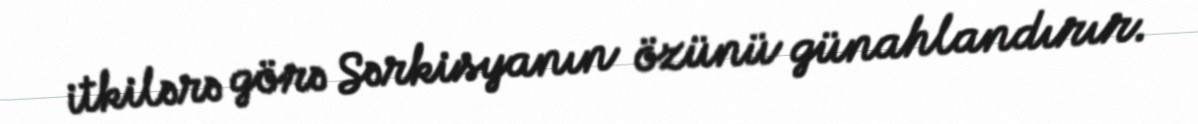
itkilərə görə Sərkisyanın özünü günahlandırır.